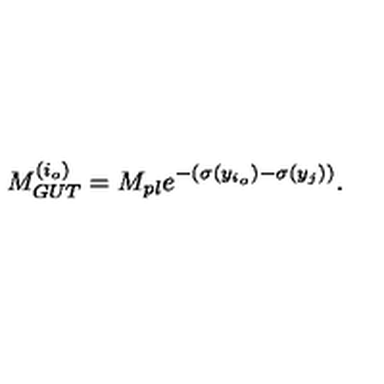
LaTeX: M _ { G U T } ^ { ( i _ { o } ) } = M _ { p l } e ^ { - ( \sigma ( y _ { i _ { o } } ) - \sigma ( y _ { j } ) ) } . \,